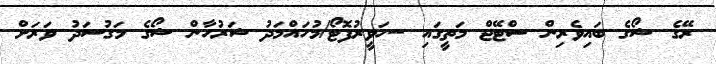
ރޭގެ ޝޯގެ ބައިވެރިން ސްޓޭޖް މަތީގައި --ހަވީރުފޮޓޯ/މުހައްމަދު ޝަރުހާން ޝޯގެ މަގުސަދު ވަރަށް